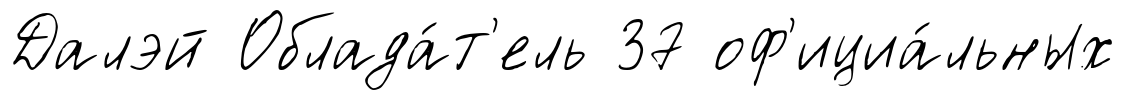
Далэй Облада́т'ель 37 оф'ициа́льных